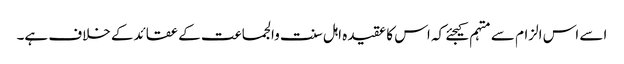
اسے اس الزام سے متہم کیجئے کہ اس کا عقیدہ اہل سنت والجماعت کے عقائدکے خلاف ہے۔